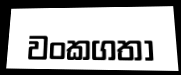
වංකගතා